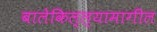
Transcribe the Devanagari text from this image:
बालेकिल्ल्यामागील